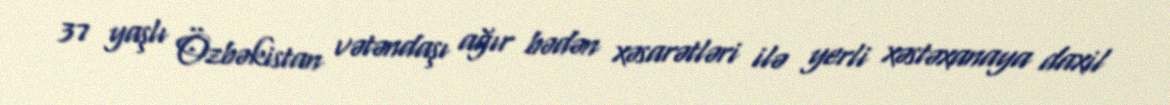
37 yaşlı Özbəkistan vətəndaşı ağır bədən xəsarətləri ilə yerli xəstəxanaya daxil